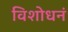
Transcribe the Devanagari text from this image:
विशोधनं